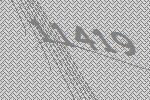
11419